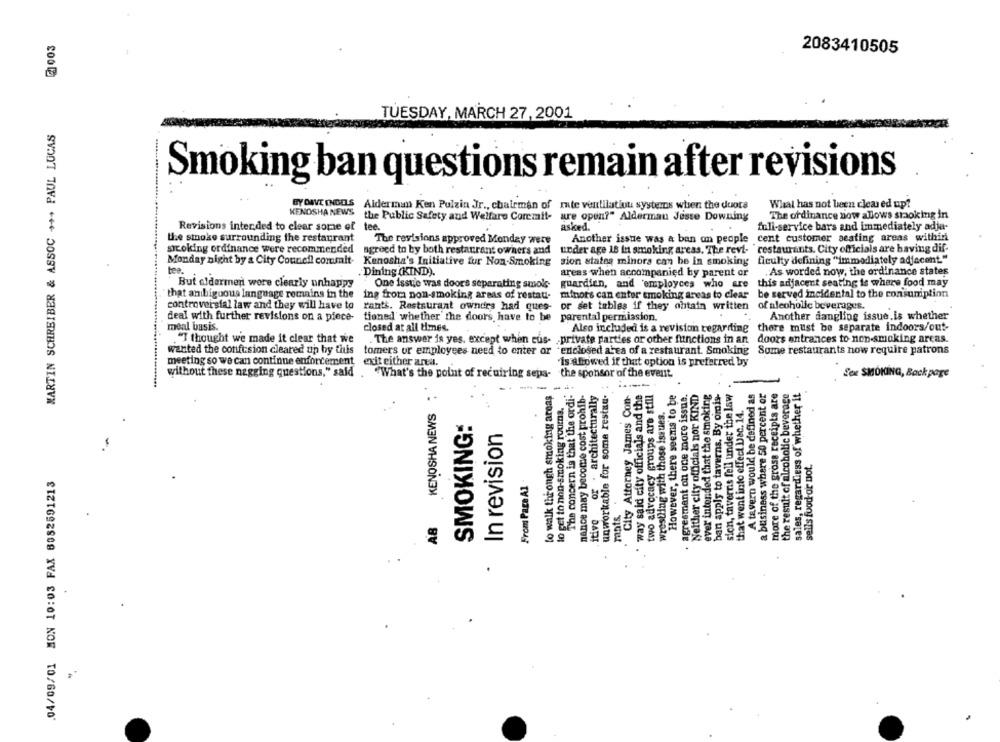
@ 003
2083410505
TUESDAY, MARCH 27,2001
MARTIN SCHREIBER & ASSOC +++ PAUL LUCAS
Smoking ban questions remain after revisions
BY DAVE INGELS Alderman Ken Pulzin Jr ., chairman of Inte ventilation systemns when the duots
What has not been cleared up?
KENOSHA NEWS
The ordinance now allows smoking in
the Public Safety and Welfare Coremalt- are open?" Alderman Jeste Downing
Revisions inter ded to clear some of tee.
asked.
full-service bars and immediately adja-
the smoke surrounding the restaurant
Another issue was a ban on people cent customer seating areas within
The revisions approved Monday wery
sicoking ordinance were recommended
agreed to by both restaurant owner's and
under age 18 In smoking areas. The revt-
restaurants. City officials are having dif-
Monday night by & City Council commit-
ficulty defining "immediately adjacent."
Kenosha's Initiative fur Non-Smoking
sion states minors can be in smoking
tea.
Dining (KIND).
areas when accompanied by parent or
. As worded now, the ordinance states
this adjacent seating is where food may
But aldermen were clearly unhappy
One isstie was doors separating smols-
guardian, and employces who are
that ambiguous language remains in the
ing froma non-smoking areas of restati-
minors can enter smoking areas to clear
be served incidental to the consumption
or set tables if they obtain written of alcoholic beverages.
controversial law and they will have to
rants. Restaurant owndrs had ques-
deal with further revisions on a piece-
tioned whether the doors, have to be parental permission.
Another dangling issue.is whether
meal basis.
closed at all times.
Also included is a revision regarding there must be separate indoors/out-
. "I thought we made it clear that we
. The answer is yes, except when cus-
private parties or other functions in an doors entrances to non-smoking areas.
wanted the confi:sion cleared up by titis
tomers or employees need to enter or "enclosed area of a restaurant. Smoking Some restaurants now require patrons
meeting so we can continue enforcement exit either area.
"is allowed if that option is preferred by
without these nagging questions," said . "What's the point of recuiring sepa- the sponsor of the event.
Sex SMOKING, Back page
KENOSHA NEWS :
a business where 50 percent or
the result ofalcoholic beverage
sales, regardless of whether it
lo walk through smoking areas
The concern is that the ordi:
nance may become cost prohib-
or . architecturally
unworkable for some restau-
City Attorney James Con-
way said city officials and the
two advocacy groups are still
However, there seems to be
· agreement on one more issue.
Neither city officials nor KIND
ever intended that the smoking
ban apply to taverns. By omis-
sion, taverns fell under the law
A tavern would be defined as
more of the gross receipts are
to get to non-smoking rooms.
that went into effect Dec. 14.
wrestling with those issues.
SMOKING:
In revision
sells food or not.
04/09/01 MON 10:03 FAX 6082591213
From Page Al
itive
rants.
AB